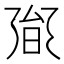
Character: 𭥟